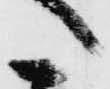
こ